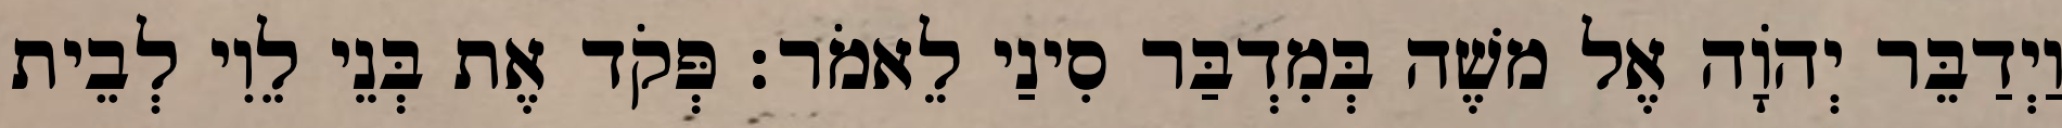
וַיְדַבֵּר יְהוָֹה אֶל משֶׁה בְּמִדְבַּר סִינַי לֵאמֹר׃ פְּקֹד אֶת בְּנֵי לֵוִי לְבֵית